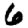
Digit: 6